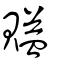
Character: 賹